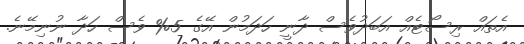
އެތައް ރިސޯޓެއް އަބަދުވެސް ދާނީ ހަދަމުން އޭގެ 5% ވެސް ހަދާ ނުނިމޭނެ.